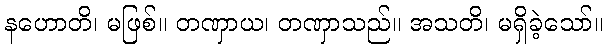
နဟောတိ၊ မဖြစ်။ တဏှာယ၊ တဏှာသည်။ အသတိ၊ မရှိခဲ့သော်။